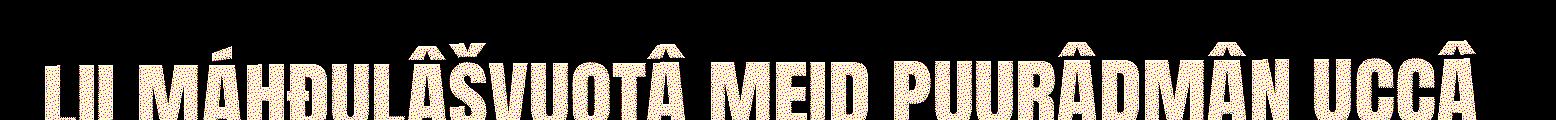
lii máhđulâšvuotâ meid puurâdmân uccâ